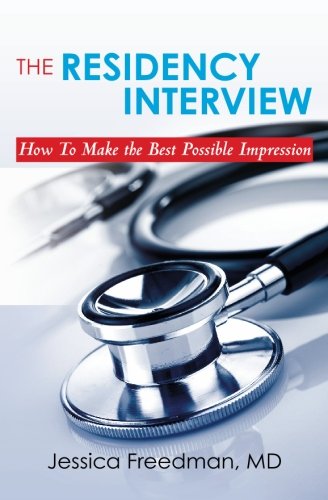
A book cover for The Residency Interview: How To Make the Best Possible Impression; Dr. Jessica Freedman; Education & Teaching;